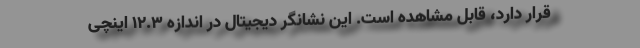
قرار دارد، قابل مشاهده است. این نشانگر دیجیتال در اندازه 12.3 اینچی